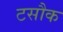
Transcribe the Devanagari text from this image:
टसौक